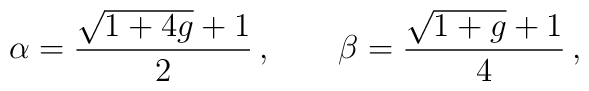
\alpha=\frac{\sqrt{1+4g}+1}{2}\,,\qquad \beta=\frac{\sqrt{1+g}+1}{4} \,,